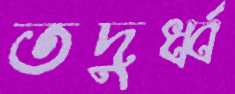
তদুর্ধ্ব